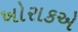
ખોરાકએ